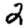
Digit: 2